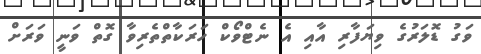
ވަގު ޑޮލަރުގެ ވިޔަފާރި އާއި އެ ނެޓްވޯކް ހަރަކާތްތެރިވާ ގޮތް ވަނީ ވަރަށް